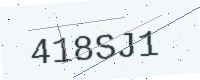
Text: 418SJ1